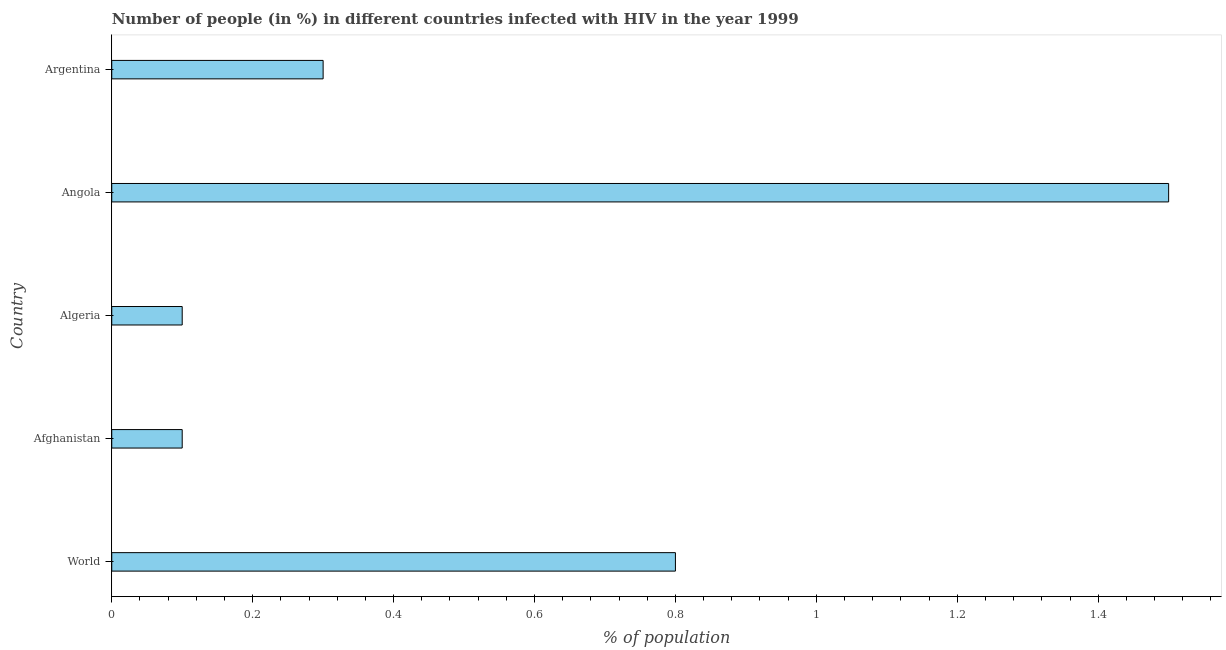
| Country | Infected with HIV |
 | --- | --- |
 | World | 0.8 |
 | Afghanistan | 0.1 |
 | Algeria | 0.1 |
 | Angola | 1.5 |
 | Argentina | 0.3 |